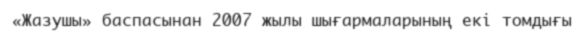
«Жазушы» баспасынан 2007 жылы шығармаларының екі томдығы